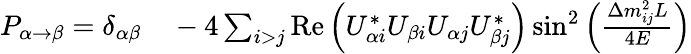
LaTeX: \begin{array}{rl}{P_{\alpha\rightarrow\beta}=\delta_{\alpha\beta}}&{{}{}-4\sum_{i>j}\mathrm{{Re}}\left(U_{\alpha i}^{*}U_{\beta i}U_{\alpha j}U_{\beta j}^{*}\right)\sin^{2}\left({\frac{\Delta m_{ij}^{2}L}{4E}}\right)}\end{array}